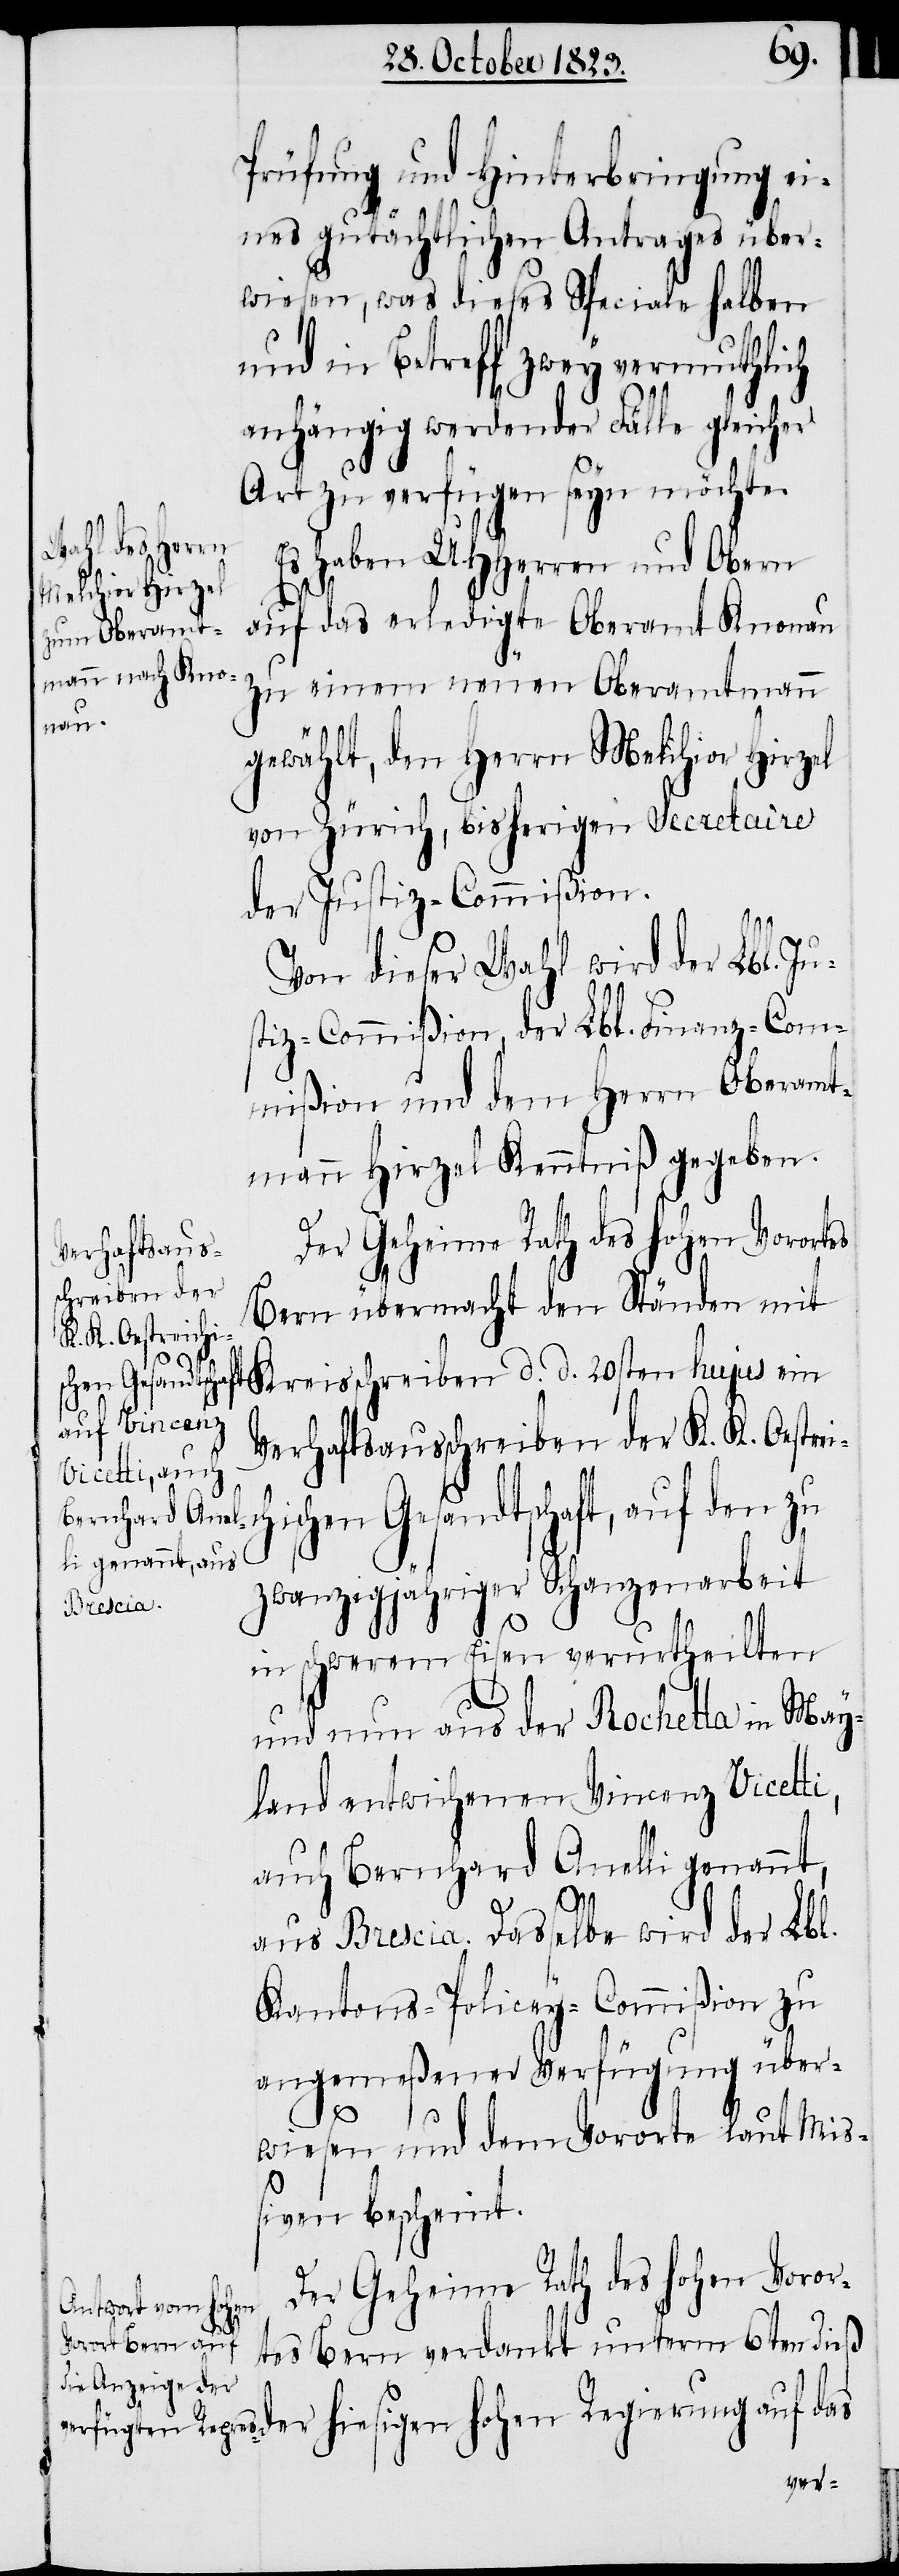
Prüfung und Hinterbringung ei¬
nes gutächtlichen Antrages über¬
wiesen, was dieses Speciale halben
und in Betreff zwey vermuthlich
anhängig werdender Fälle gleicher
Art zu verfügen seyn möchte.
Es haben UHHerren und Obern
hiesigen hohen
auf das erledigte Oberamt Knonau
zu einem neuen Oberamtmann
gewählt, den Herrn Melchior Hirzel
von Zürich, bisherigen Secretaire
der Justiz-Commißion.
Von dieser Wahl wird der Lbl. Ju¬
stiz-Commißion, der Lbl. Finanz-Com¬
mißion und dem Herrn Oberamt¬
mann Hirzel Kenntniß gegeben.
Der Geheime Rath des hohen Vorortes
Verhaftsaus¬
schreiben der
Bern übermacht den Ständen mit
K. K. Oestreich¬
Regierung auf
ischen Gesandtschaft, auf den zu
zwanzigjähriger Schanzenarbeit
Kreis¬
in schwerem Eisen verurtheilten
und nun aus der Rochetta in May¬
land entwichenen Vincenz Vicetti,
auch Bernhard Anelli genannt,
aus Brescia. Dasselbe wird der Lbl.
Kantons-Policey-Commißion zu
angemeßener Verfügung über¬
d.
das
wiesen und dem Vororte laut Mi¬
ßiven bescheint.
Der Geheime Rath des hohen Voror¬
tes Bern verdankt unterm 6ten dieß